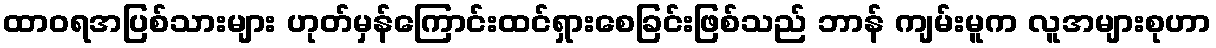
ထာဝရအပြစ်သားများ ဟုတ်မှန်ကြောင်းထင်ရှားစေခြင်းဖြစ်သည် ဘာန် ကျမ်းမူက လူအများစုဟာ